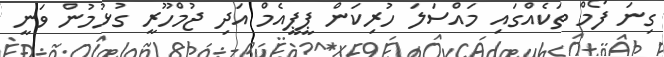
ގިނަ ފޯމް ތަކެއްގައި މައްސަލަ ހުރިކަން ޕީޕީއެމް އަދި ޖުމްހޫރީ ގުޅުމުން ވަނީ